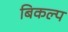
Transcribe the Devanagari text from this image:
बिकल्प